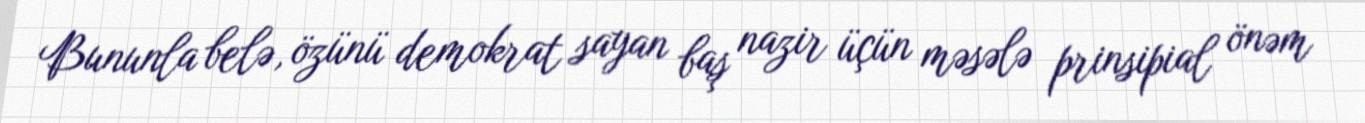
Bununla belə, özünü demokrat sayan baş nazir üçün məsələ prinsipial önəm